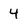
Character: 4